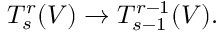
T _ { s } ^ { r } ( V ) \to T _ { s - 1 } ^ { r - 1 } ( V ) .